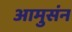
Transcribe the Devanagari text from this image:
आमुसंन